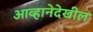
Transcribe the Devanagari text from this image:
आव्हानेदेखील